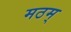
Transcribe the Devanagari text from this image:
मठम्